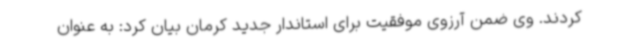
کردند. وی ضمن آرزوی موفقیت برای استاندار جدید کرمان بیان کرد: به عنوان